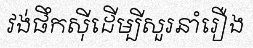
វង់ផឹកស៊ីដើម្បីសួរនាំរឿង